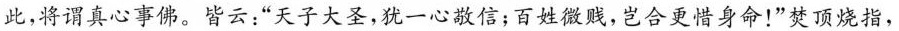
此，将谓真心事佛。皆云：”天子大圣，犹一心敬信；百姓微贱，岂合更惜身命！”焚顶烧指，